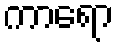
ကာရော